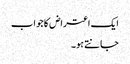
ایک اعتراض کا جواب
جانتے ہو۔